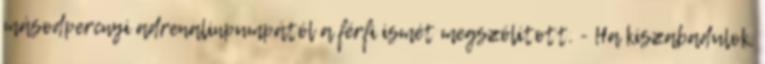
másodpercnyi adrenalinpumpától a férfi ismét megszólított. - Ha kiszabadulok,